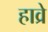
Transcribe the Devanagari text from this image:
हाव्रे